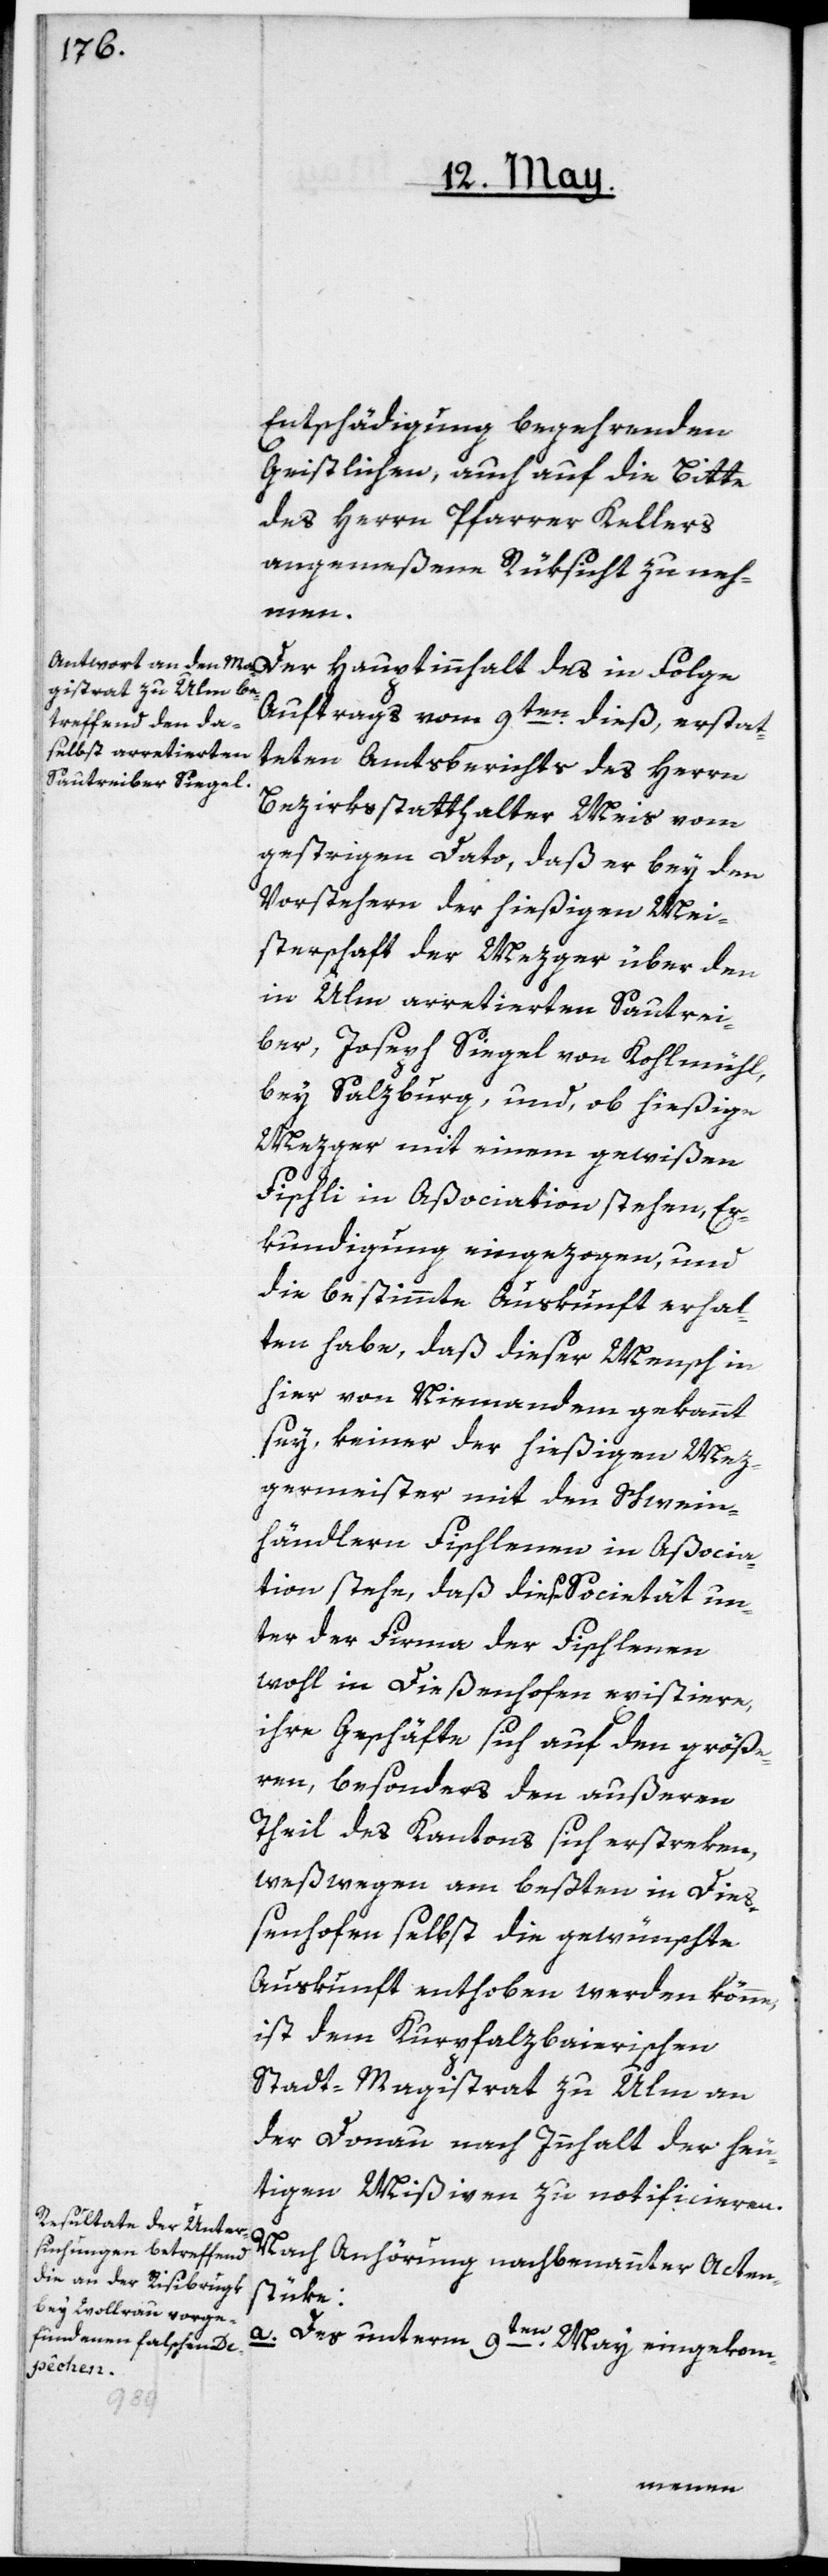
Entschädigung begehrenden
Geistlichen, auch auf die Bitte
des Herrn Pfarrer Kellers
angemeßene Rüksicht zu neh¬
men.
Auftrags vom 9ten dieß, erstat¬
teten Amtsberichts des Herrn
Bezirksstatthalter Meis vom
gestrigen Dato, daß er bey den
Vorstehern der hiesigen Mei¬
sterschaft der Mezger über den
in Ulm arretierten Sautrei¬
ber, Joseph Siegel von Kohlmühl
bey Salzburg, und, ob hießiger
Mezger mit einem gewißen
Fischli in Aßociation stehen, Er¬
kundigung eingezogen, und
die bestimmte Auskunft erhal¬
ten habe, daß dieser Mensch in
hier von Niemandem gekannt
sey, keiner der hießigen Mez¬
germeister mit den Schwein¬
händlern Fischlenen in Aßocia¬
tion stehe, daß diese Societät un¬
ter der Firma der Fischlenen
wohl in Dießenhofen existiere,
ihre Geschäfte sich auf den größe¬
ren, besonders den außeren
Theil des Kantons sich erstreken,
weßwegen am beßten in Dieß¬
enhofen selbst die gewünschte
Auskunft enthoben werden könne,
ist dem Kurpfalzbaierischen
Stadt-Magistrat zu Ulm an
der Donau nach Innhalt der heu¬
tigen Mißiven zu notificieren.
Nach Anhörung nachbenannter Acten¬
stüke:
a. Des unterm 9ten May eingekom-